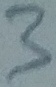
Text: 3